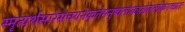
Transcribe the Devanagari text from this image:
स्मृत्यर्थसारेसंचयनेकृतेमनुष्यलोकात्प्रेतलोकंगच्छतः